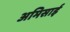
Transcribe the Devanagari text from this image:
अमिसाई